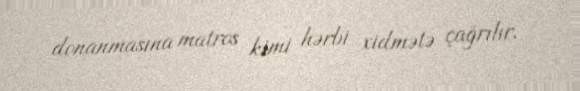
donanmasına matros kimi hərbi xidmətə çağrılır.